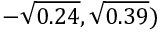
- \sqrt { 0 . 2 4 } , \sqrt { 0 . 3 9 } )